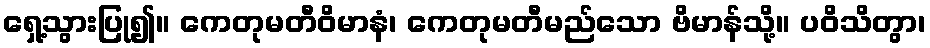
ရှေ့သွားပြု၍။ ကေတုမတီဝိမာနံ၊ ကေတုမတီမည်သော ဗိမာန်သို့။ ပဝိသိတွာ၊